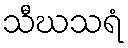
သီဃသရံ